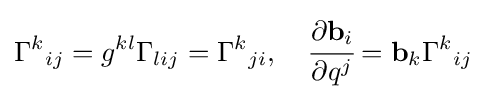
\Gamma ^{k}{}_{ij}=g^{kl}\Gamma _{lij}=\Gamma ^{k}{}_{ji},\quad {\cfrac {\partial \mathbf {b} _{i}}{\partial q^{j}}}=\mathbf {b} _{k}\Gamma ^{k}{}_{ij}